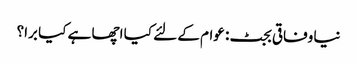
نیا وفاقی بجٹ: عوام کے لئے کیا اچھا ہے کیا برا؟